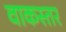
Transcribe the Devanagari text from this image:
वाकस्तर